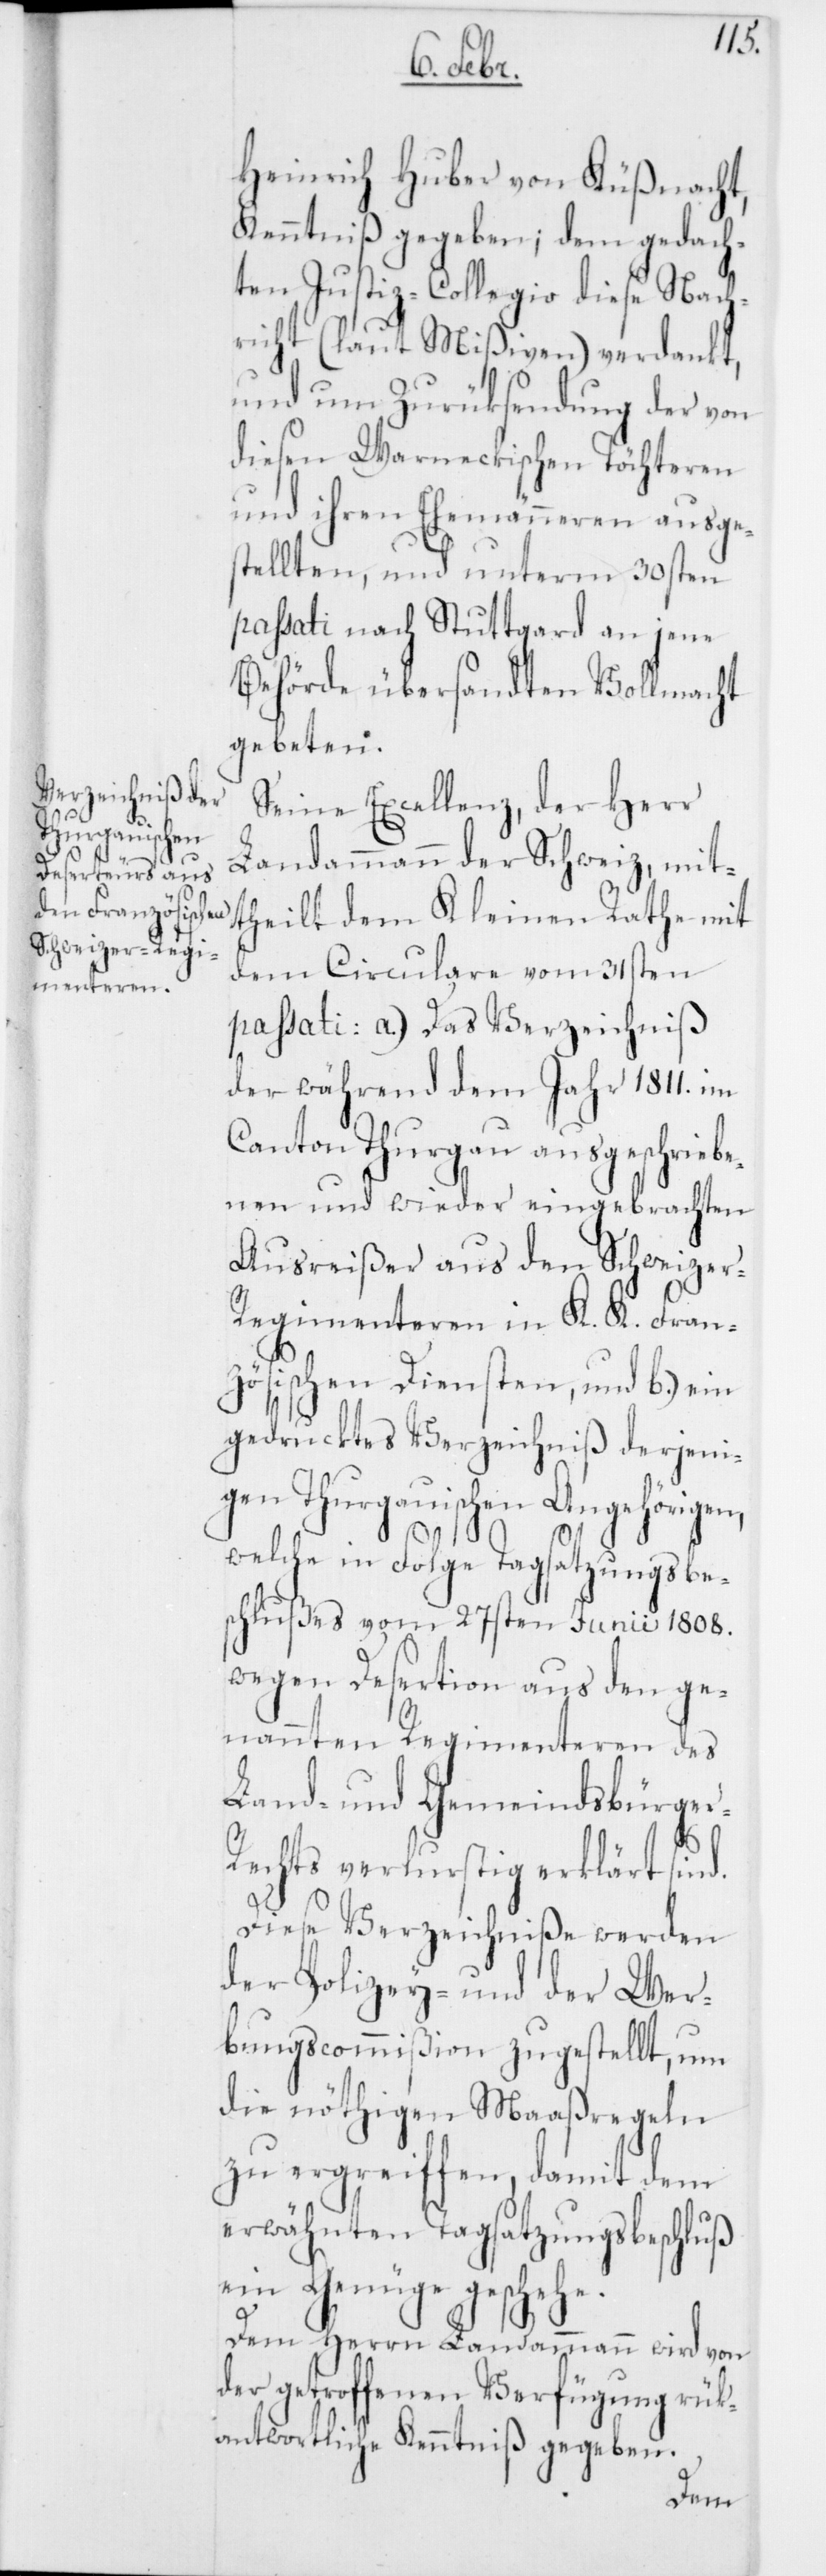
Heinrich Huber von Küßnacht,
Kenntniß gegeben, dem gedach¬
ten Justiz-Collegio diese Nach¬
richt (laut Mißiven) verdankt,
und um Zurüksendung der von
diesen Warneckischen Töchteren
und ihren Ehemänneren ausge¬
stellten, und unterm 30sten
passati nach Stuttgard an jene
Behörde übersandten Vollmacht
gebeten.
Seine Excellenz, der Herr
Landammann der Schweiz, mit¬
theilt dem Kleinen Rathe mit
dem Circulare vom 31sten
passati: a.) Das Verzeichniß
der während dem Jahr 1811. im
Canton Thurgau ausgeschriebe¬
nen und wieder eingebrachten
Ausreißer aus den Schweize¬
r-Regimenteren in K. K. Fran¬
zösischen Diensten, und b.) ein
gedrucktes Verzeichniß derjeni¬
gen Thurgauischen Angehörigen,
welche in Folge Tagsatzungsbe¬
schlußes vom 27sten Junii 1808.
wegen Desertion aus den ge¬
nannten Regimenteren des
Land- und Gemeindsbürge¬
echts verlustig erklärt sind.
r-R¬
Diese Verzeichniße werden
der Polizey- und der Wer¬
bungscommißion zugestellt, um
die nöthigen Maaßregeln
zu ergreiffen, damit dem
erwähnten Tagsatzungsbeschluß
ein Genüge geschehe.
Dem Herrn Landammann wird von
der getroffenen Verfügung rük¬
antwortliche Kenntniß gegeben.